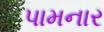
પામનાર